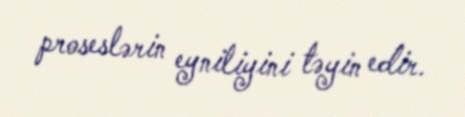
proseslərin eyniliyini təyin edir.